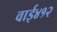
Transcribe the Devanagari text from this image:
वाई४१२